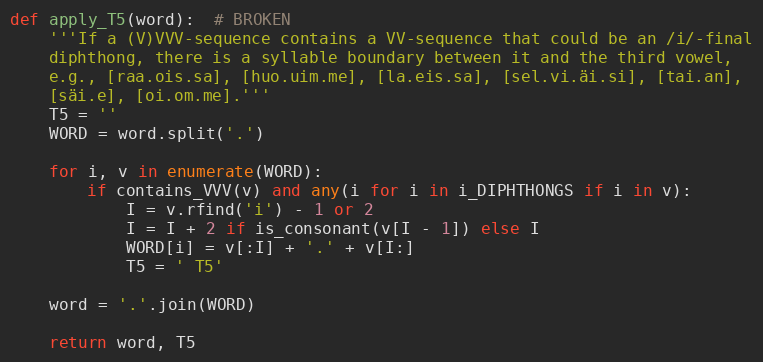
Language: Python
def apply_T5(word):  # BROKEN
    '''If a (V)VVV-sequence contains a VV-sequence that could be an /i/-final
    diphthong, there is a syllable boundary between it and the third vowel,
    e.g., [raa.ois.sa], [huo.uim.me], [la.eis.sa], [sel.vi.äi.si], [tai.an],
    [säi.e], [oi.om.me].'''
    T5 = ''
    WORD = word.split('.')

    for i, v in enumerate(WORD):
        if contains_VVV(v) and any(i for i in i_DIPHTHONGS if i in v):
            I = v.rfind('i') - 1 or 2
            I = I + 2 if is_consonant(v[I - 1]) else I
            WORD[i] = v[:I] + '.' + v[I:]
            T5 = ' T5'

    word = '.'.join(WORD)

    return word, T5